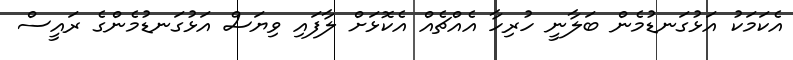
އެކަމަކު އަޅުގަނޑުމެން ބަލާނީ ހުރިހާ އެއްޗެއް އެކޮޅަށް ލާފައި ވިޔަސް އަޅުގަނޑުމެންގެ ރައީސް